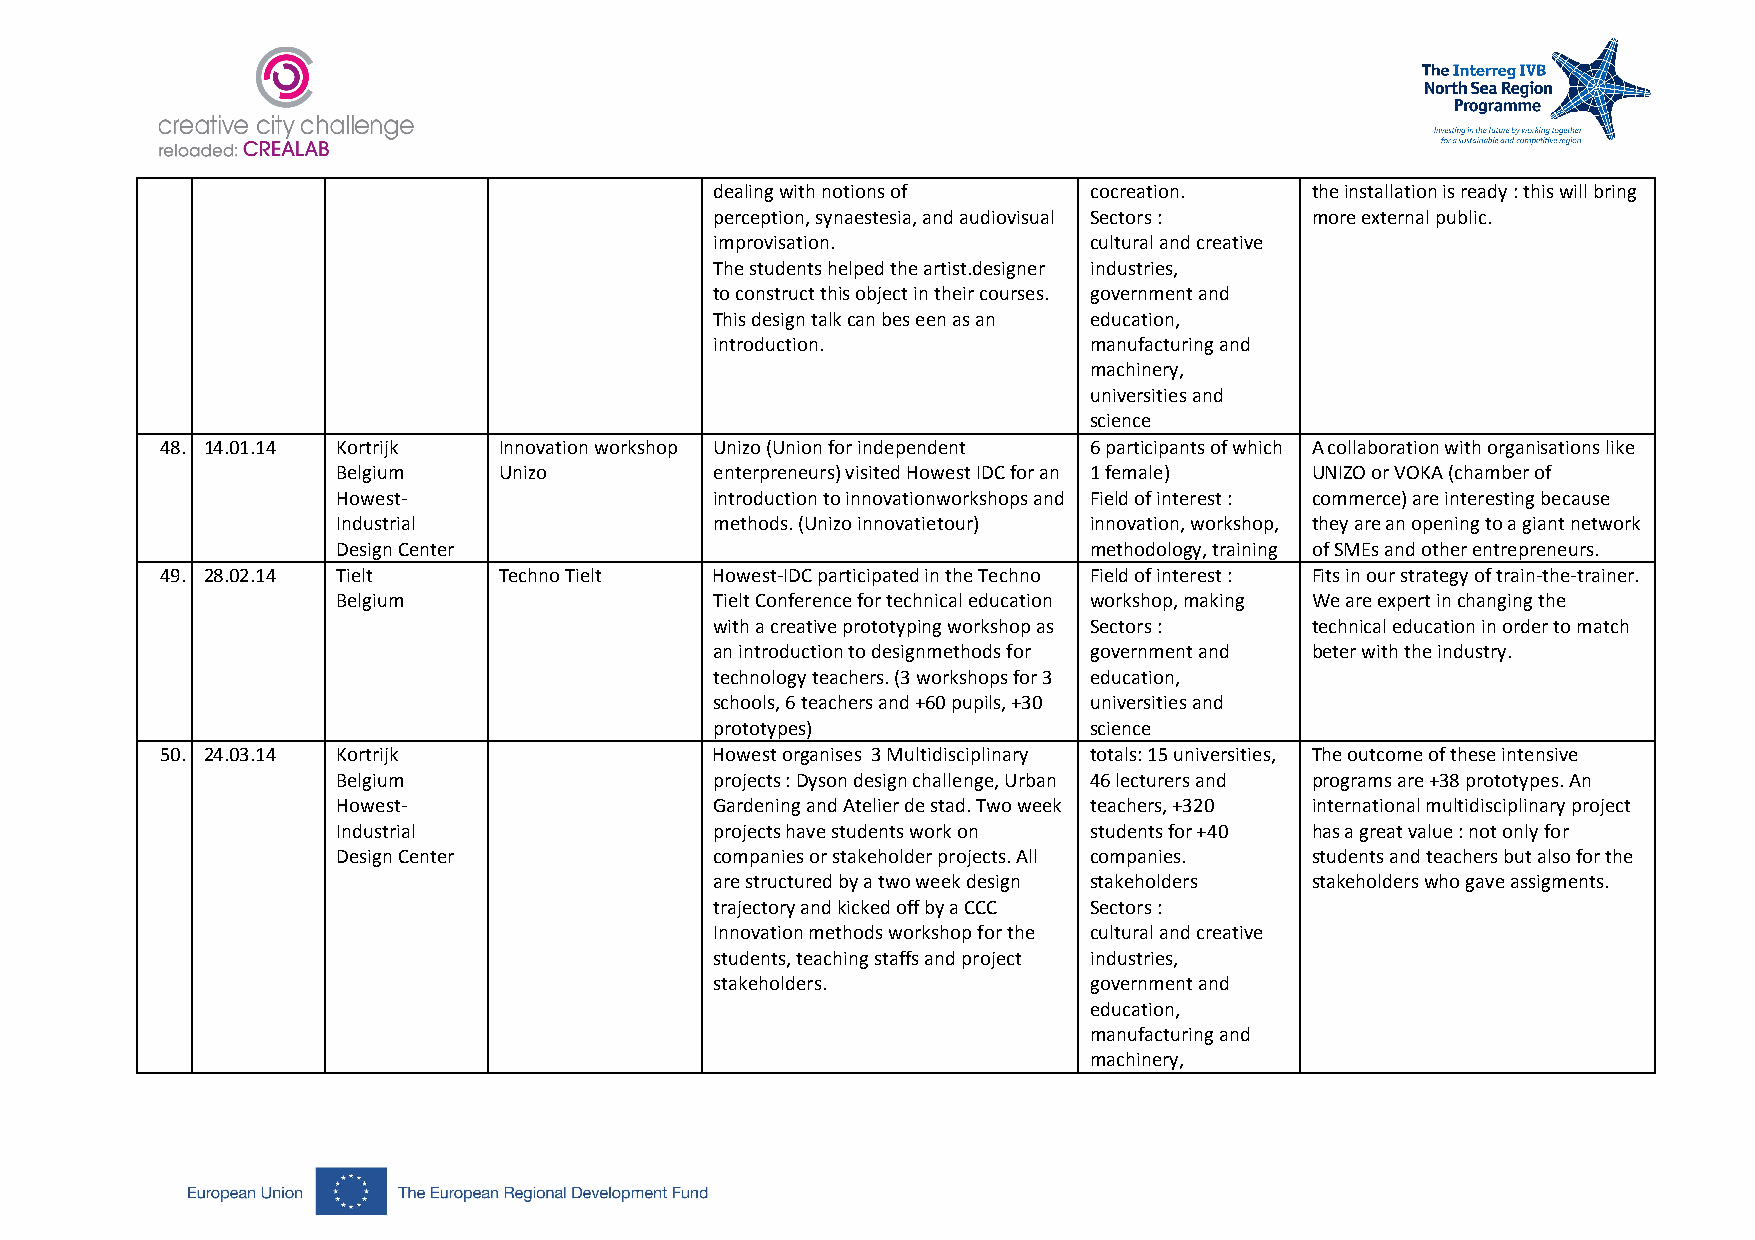
dealing with notions of  cocreation.    the installation is ready : this will bring
 perception, synaestesia, and audiovisual Sectors : more external public.
 improvisation.           cultural and creative
 The students helped the artist.designer industries,
 to construct this object in their courses. government and
 This design talk can bes een as an education,
 introduction.            manufacturing and
 machinery,
 universities and
 science
 48. 14.01.14 Kortrijk Innovation workshop Unizo (Union for independent 6 participants of which A collaboration with organisations like
 Belgium    Unizo         enterpreneurs) visited Howest IDC for an 1 female) UNIZO or VOKA (chamber of
 Howest-                  introduction to innovationworkshops and Field of interest : commerce) are interesting because
 Industrial               methods. (Unizo innovatietour) innovation, workshop, they are an opening to a giant network
 Design Center                                     methodology, training of SMEs and other entrepreneurs.
 49. 28.02.14 Tielt    Techno Tielt  Howest-IDC participated in the Techno Field of interest : Fits in our strategy of train-the-trainer.
 Belgium                  Tielt Conference for technical education workshop, making We are expert in changing the
 with a creative prototyping workshop as Sectors : technical education in order to match
 an introduction to designmethods for government and beter with the industry.
 technology teachers. (3 workshops for 3 education,
 schools, 6 teachers and +60 pupils, +30 universities and
 prototypes)              science
 50. 24.03.14 Kortrijk               Howest organises 3 Multidisciplinary totals: 15 universities, The outcome of these intensive
 Belgium                  projects : Dyson design challenge, Urban 46 lecturers and programs are +38 prototypes. An
 Howest-                  Gardening and Atelier de stad. Two week teachers, +320 international multidisciplinary project
 Industrial               projects have students work on students for +40 has a great value : not only for
 Design Center            companies or stakeholder projects. All companies. students and teachers but also for the
 are structured by a two week design stakeholders stakeholders who gave assigments.
 trajectory and kicked off by a CCC Sectors :
 Innovation methods workshop for the cultural and creative
 students, teaching staffs and project industries,
 stakeholders.            government and
 education,
 manufacturing and
 machinery,